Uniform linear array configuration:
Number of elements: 48
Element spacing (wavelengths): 1
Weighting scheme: binomial
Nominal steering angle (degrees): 60
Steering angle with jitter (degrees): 58.951
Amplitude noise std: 0.05
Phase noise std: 0.05

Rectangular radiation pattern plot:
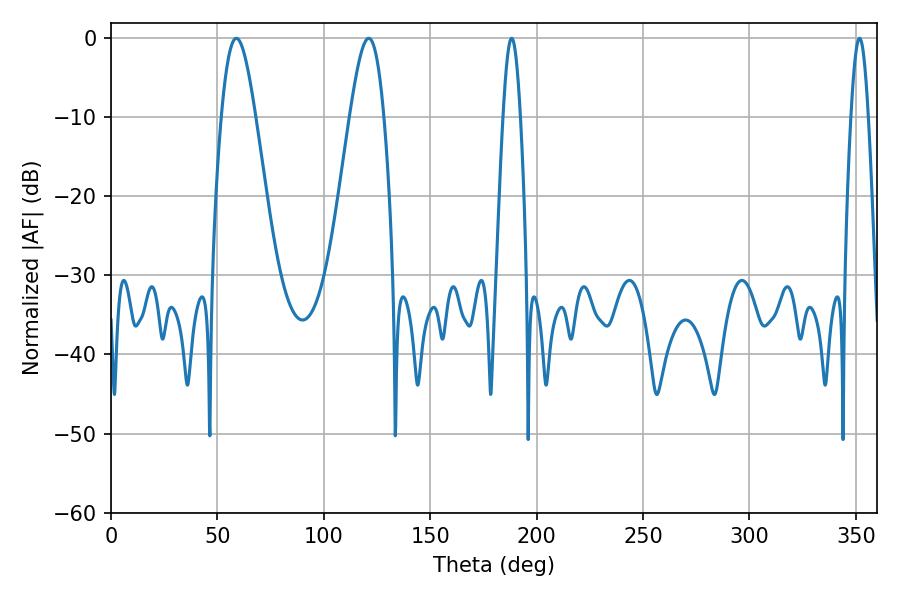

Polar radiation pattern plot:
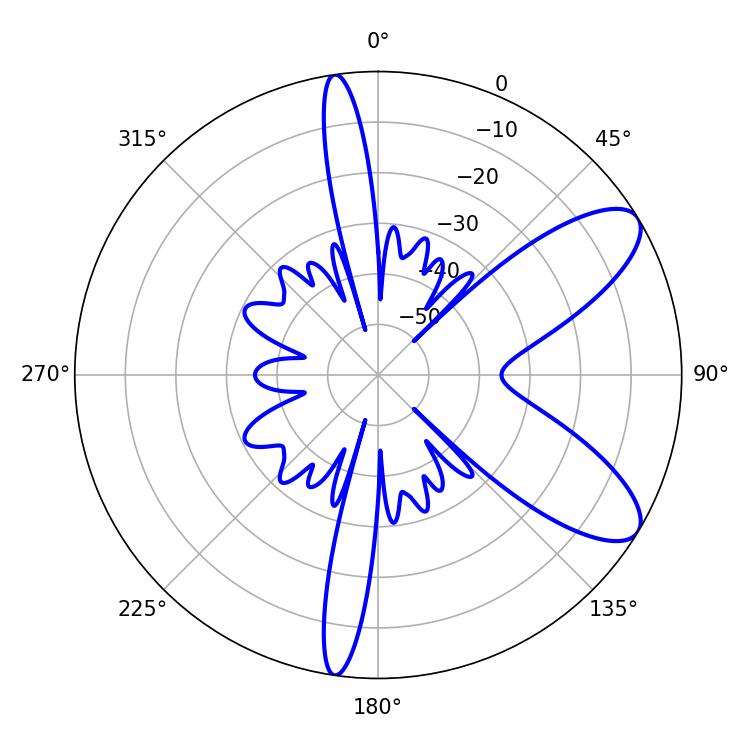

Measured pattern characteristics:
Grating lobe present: TRUE
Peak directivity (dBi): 8.886
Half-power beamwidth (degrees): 4.32
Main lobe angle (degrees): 188.28